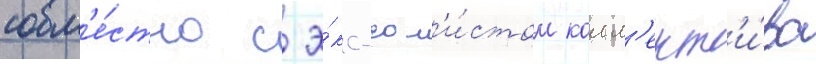
совм'е́стно с э́кс-сол'и́стом колл'ект'и́ва